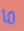
ما